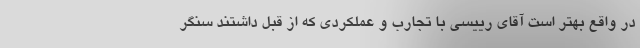
در واقع بهتر است آقای رییسی با تجارب و عملکردی که از قبل داشتند سنگر